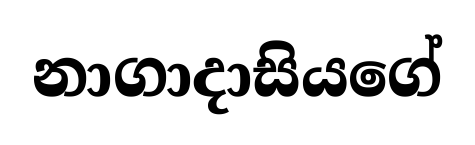
නාගාදාසියගේ